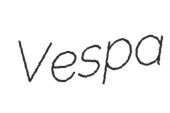
Vespa